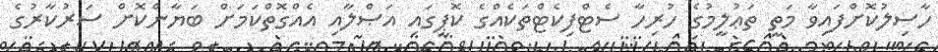
ހާސިލުކޮށްފައިވާ މަތީ ތަޢުލީމުގެ ހުރިހާ ސެޓްފިކެޓްތަކެއްގެ ކޮޕީގައި އަޞްލާއި އެއްގޮތްކަމަށް ބަޔާންކޮށް ސަރުކާރުގެ